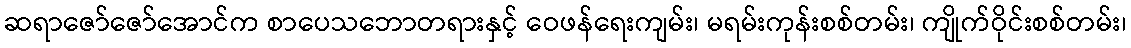
ဆရာဇော်ဇော်အောင်က စာပေသဘောတရားနှင့် ဝေဖန်ရေးကျမ်း၊ မရမ်းကုန်းစစ်တမ်း၊ ကျိုက်ဝိုင်းစစ်တမ်း၊